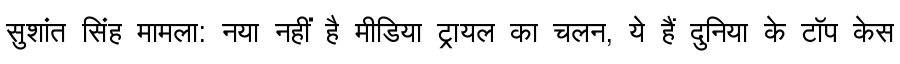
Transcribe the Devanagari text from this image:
सुशांत सिंह मामला: नया नहीं है मीडिया ट्रायल का चलन, ये हैं दुनिया के टॉप केस